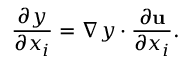
{ \frac { \partial y } { \partial x _ { i } } } = \nabla y \cdot { \frac { \partial \mathbf { u } } { \partial x _ { i } } } .